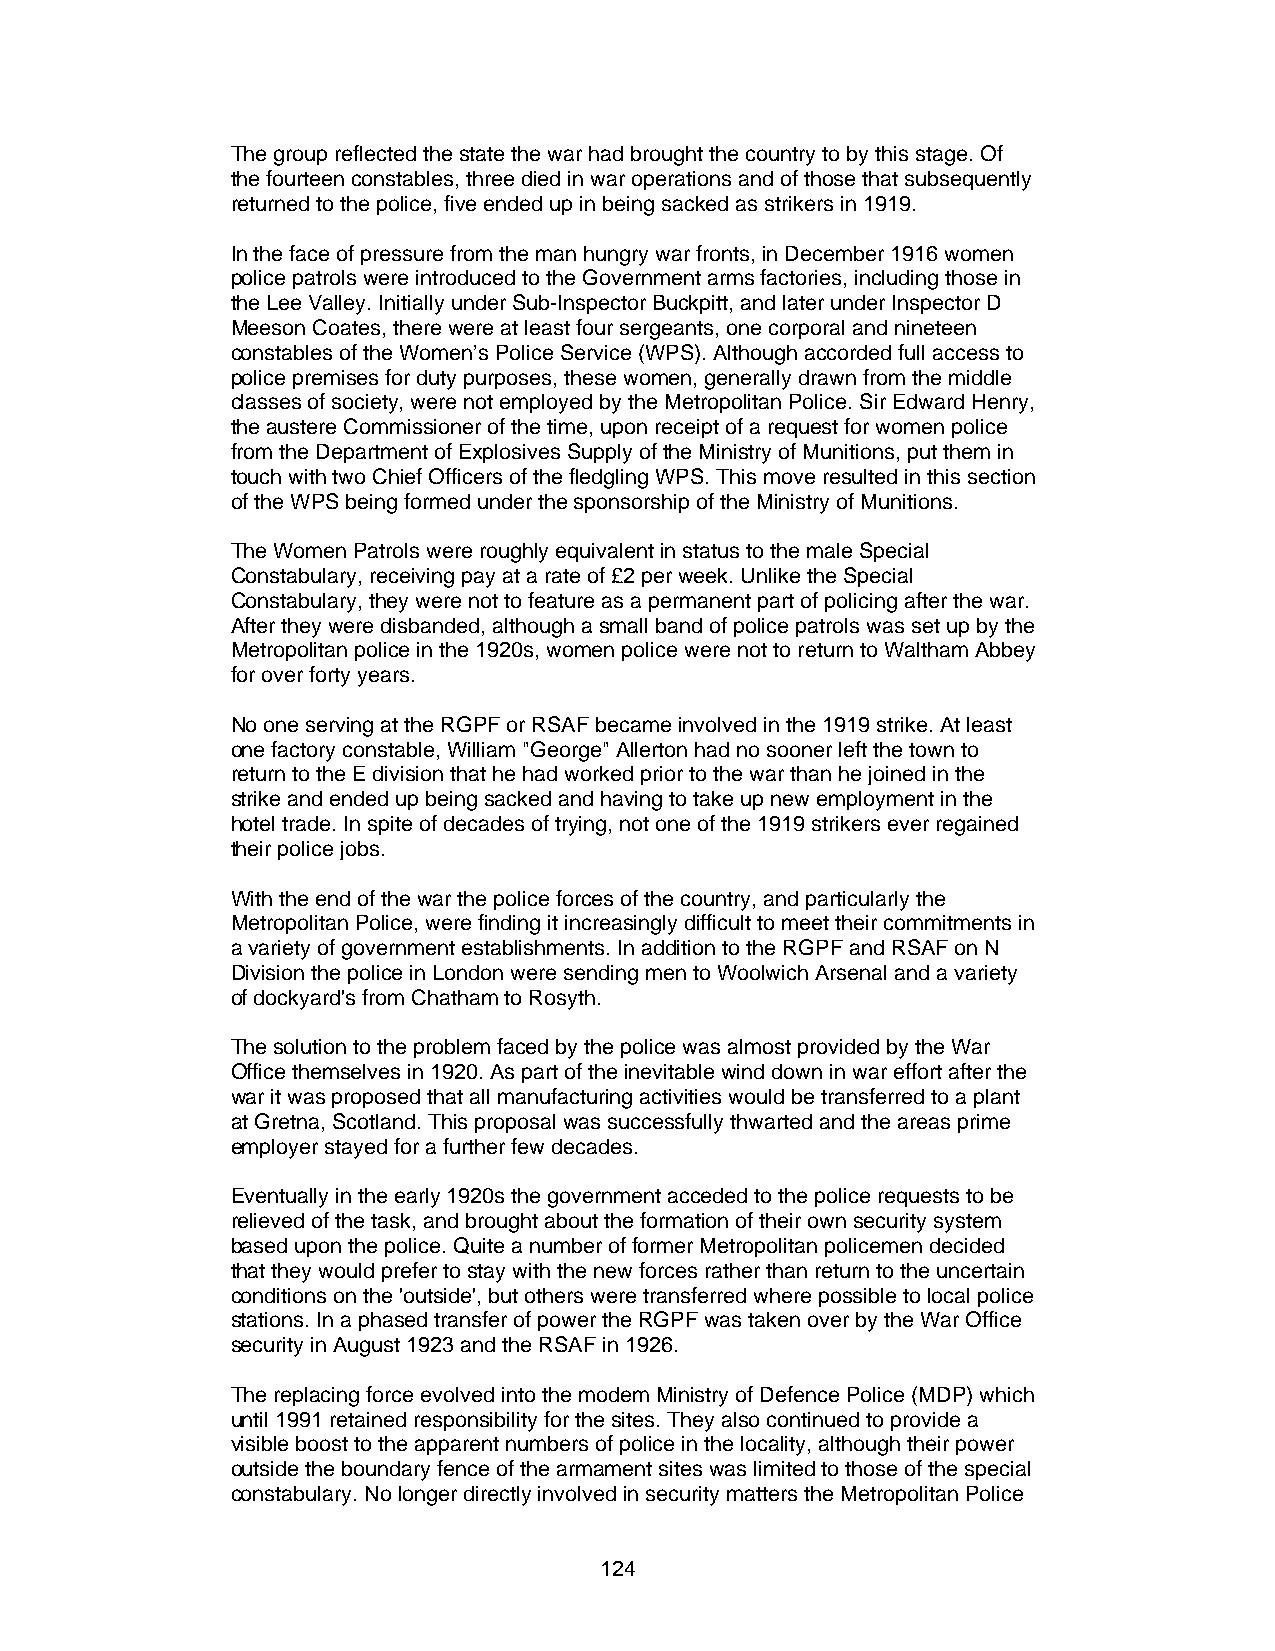
The group reflected the state the war had brought the country to by this stage. Of
 the fourteen constables, three died in war operations and of those that subsequently
 returned to the police, five ended up in being sacked as strikers in 1919.
 In the face of pressure from the man hungry war fronts, in December 1916 women
 police patrols were introduced to the Government arms factories, including those in
 the Lee Valley. Initially under Sub-Inspector Buckpitt, and later under Inspector D
 Meeson Coates, there were at least four sergeants, one corporal and nineteen
 constables of the Women’s Police Service (WPS). Although accorded full access to
 police premises for duty purposes, these women, generally drawn from the middle
 classes of society, were not employed by the Metropolitan Police. Sir Edward Henry,
 the austere Commissioner of the time, upon receipt of a request for women police
 from the Department of Explosives Supply of the Ministry of Munitions, put them in
 touch with two Chief Officers of the fledgling WPS. This move resulted in this section
 of the WPS being formed under the sponsorship of the Ministry of Munitions.
 The Women Patrols were roughly equivalent in status to the male Special
 Constabulary, receiving pay at a rate of £2 per week. Unlike the Special
 Constabulary, they were not to feature as a permanent part of policing after the war.
 After they were disbanded, although a small band of police patrols was set up by the
 Metropolitan police in the 1920s, women police were not to return to Waltham Abbey
 for over forty years.
 No one serving at the RGPF or RSAF became involved in the 1919 strike. At least
 one factory constable, William "George" Allerton had no sooner left the town to
 return to the E division that he had worked prior to the war than he joined in the
 strike and ended up being sacked and having to take up new employment in the
 hotel trade. In spite of decades of trying, not one of the 1919 strikers ever regained
 their police jobs.
 With the end of the war the police forces of the country, and particularly the
 Metropolitan Police, were finding it increasingly difficult to meet their commitments in
 a variety of government establishments. In addition to the RGPF and RSAF on N
 Division the police in London were sending men to Woolwich Arsenal and a variety
 of dockyard's from Chatham to Rosyth.
 The solution to the problem faced by the police was almost provided by the War
 Office themselves in 1920. As part of the inevitable wind down in war effort after the
 war it was proposed that all manufacturing activities would be transferred to a plant
 at Gretna, Scotland. This proposal was successfully thwarted and the areas prime
 employer stayed for a further few decades.
 Eventually in the early 1920s the government acceded to the police requests to be
 relieved of the task, and brought about the formation of their own security system
 based upon the police. Quite a number of former Metropolitan policemen decided
 that they would prefer to stay with the new forces rather than return to the uncertain
 conditions on the 'outside', but others were transferred where possible to local police
 stations. In a phased transfer of power the RGPF was taken over by the War Office
 security in August 1923 and the RSAF in 1926.
 The replacing force evolved into the modem Ministry of Defence Police (MDP) which
 until 1991 retained responsibility for the sites. They also continued to provide a
 visible boost to the apparent numbers of police in the locality, although their power
 outside the boundary fence of the armament sites was limited to those of the special
 constabulary. No longer directly involved in security matters the Metropolitan Police
 124